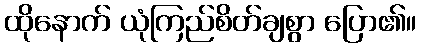
ထိုနောက် ယုံကြည်စိတ်ချစွာ ပြော၏။